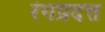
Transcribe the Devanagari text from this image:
रंगप्रदत्त